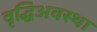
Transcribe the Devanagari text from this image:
वृद्धिअवस्था